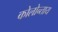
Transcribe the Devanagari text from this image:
कोलोन्ताय